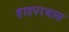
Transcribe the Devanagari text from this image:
हाइपरबास